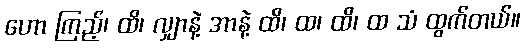
ဟော ကြည့်၊ ထိ၊ လျှာနဲ့ အာနဲ့ ထိ၊ ထ၊ ထိ၊ ထ သံ ထွက်တယ်။